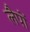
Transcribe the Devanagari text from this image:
लैपों